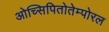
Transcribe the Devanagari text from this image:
ओच्सिपितोतेम्पोरल